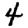
Digit: 4